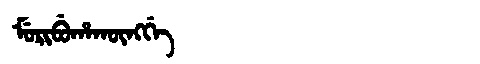
Manchu: ᠮᡠᡵᡳᠪᡠᡥᠠᡴᡡᠩᡤᡝ
Romanization: MURIBUHAKŪNGGE